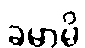
ခမာမိ